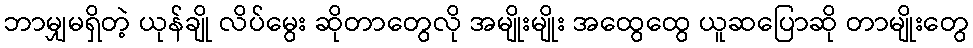
ဘာမျှမရှိတဲ့ ယုန်ချို လိပ်မွေး ဆိုတာတွေလို အမျိုးမျိုး အထွေထွေ ယူဆပြောဆို တာမျိုးတွေ